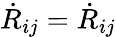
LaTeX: \dot{R}_{ij}=\dot{R}_{ij}